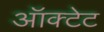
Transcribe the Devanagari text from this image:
ऑक्टेट